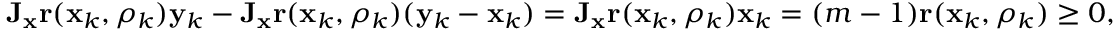
\mathbf { J _ { x } r } ( \mathbf { x } _ { k } , \rho _ { k } ) \mathbf { y } _ { k } - \mathbf { J _ { x } r } ( \mathbf { x } _ { k } , \rho _ { k } ) ( \mathbf { y } _ { k } - \mathbf { x } _ { k } ) = \mathbf { J _ { x } r } ( \mathbf { x } _ { k } , \rho _ { k } ) \mathbf { x } _ { k } = ( m - 1 ) \mathbf { r } ( \mathbf { x } _ { k } , \rho _ { k } ) \geq 0 ,